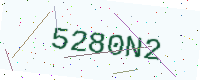
Text: 5280N2